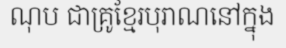
ណុប ជាគ្រូខ្មែរបុរាណនៅក្នុង